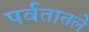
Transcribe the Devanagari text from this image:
पर्वतातले